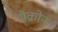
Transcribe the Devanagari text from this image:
मैक्रोन